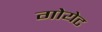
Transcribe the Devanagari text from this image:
गोयेट